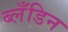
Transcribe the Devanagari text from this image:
ब्लँडिन